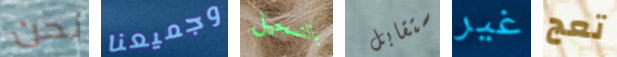
نحن وجميعنا بالتسجيل ستقابل غير تعج